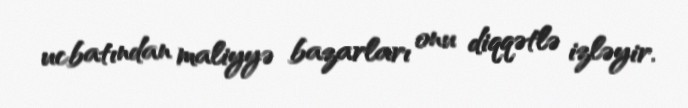
ucbatından maliyyə bazarları onu diqqətlə izləyir.